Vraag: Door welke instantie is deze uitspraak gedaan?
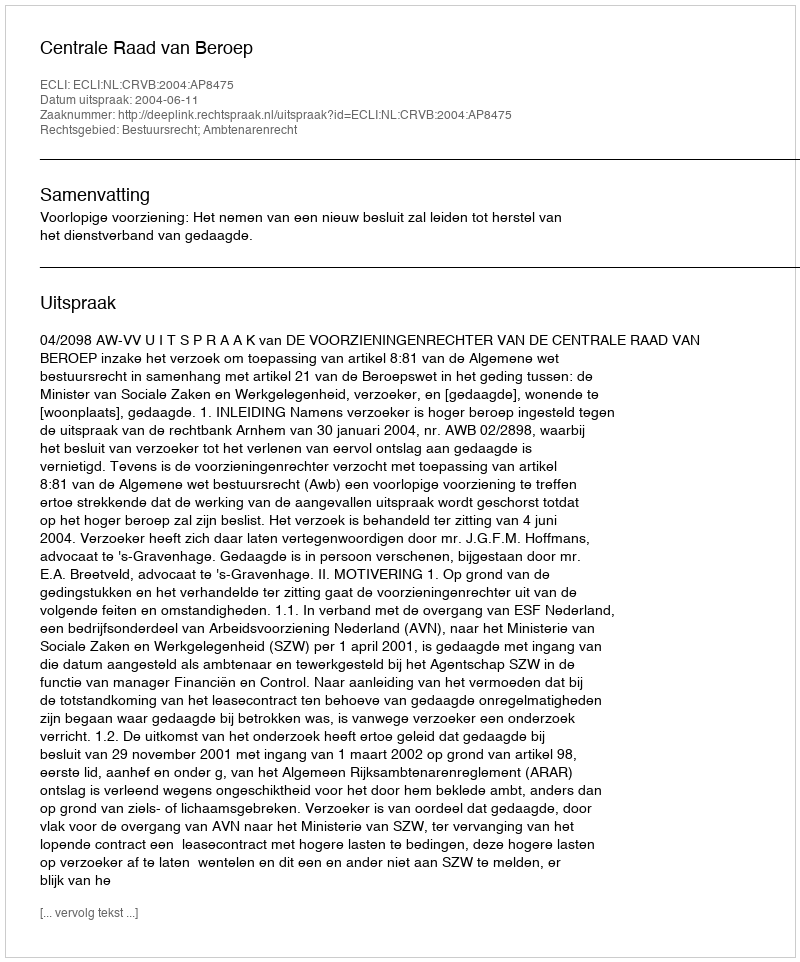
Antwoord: Centrale Raad van Beroep